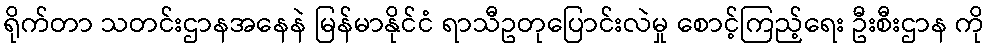
ရိုက်တာ သတင်းဌာနအနေနဲ မြန်မာနိုင်ငံ ရာသီဥတုပြောင်းလဲမှု စောင့်ကြည့်ရေး ဦးစီးဌာန ကို